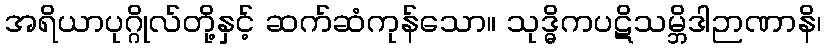
အရိယာပုဂ္ဂိုလ်တို့နှင့် ဆက်ဆံကုန်သော။ သုဒ္ဓိကပဋိသမ္ဘိဒါဉာဏာနိ၊